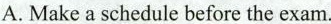
A. Make a schedule before the exam.